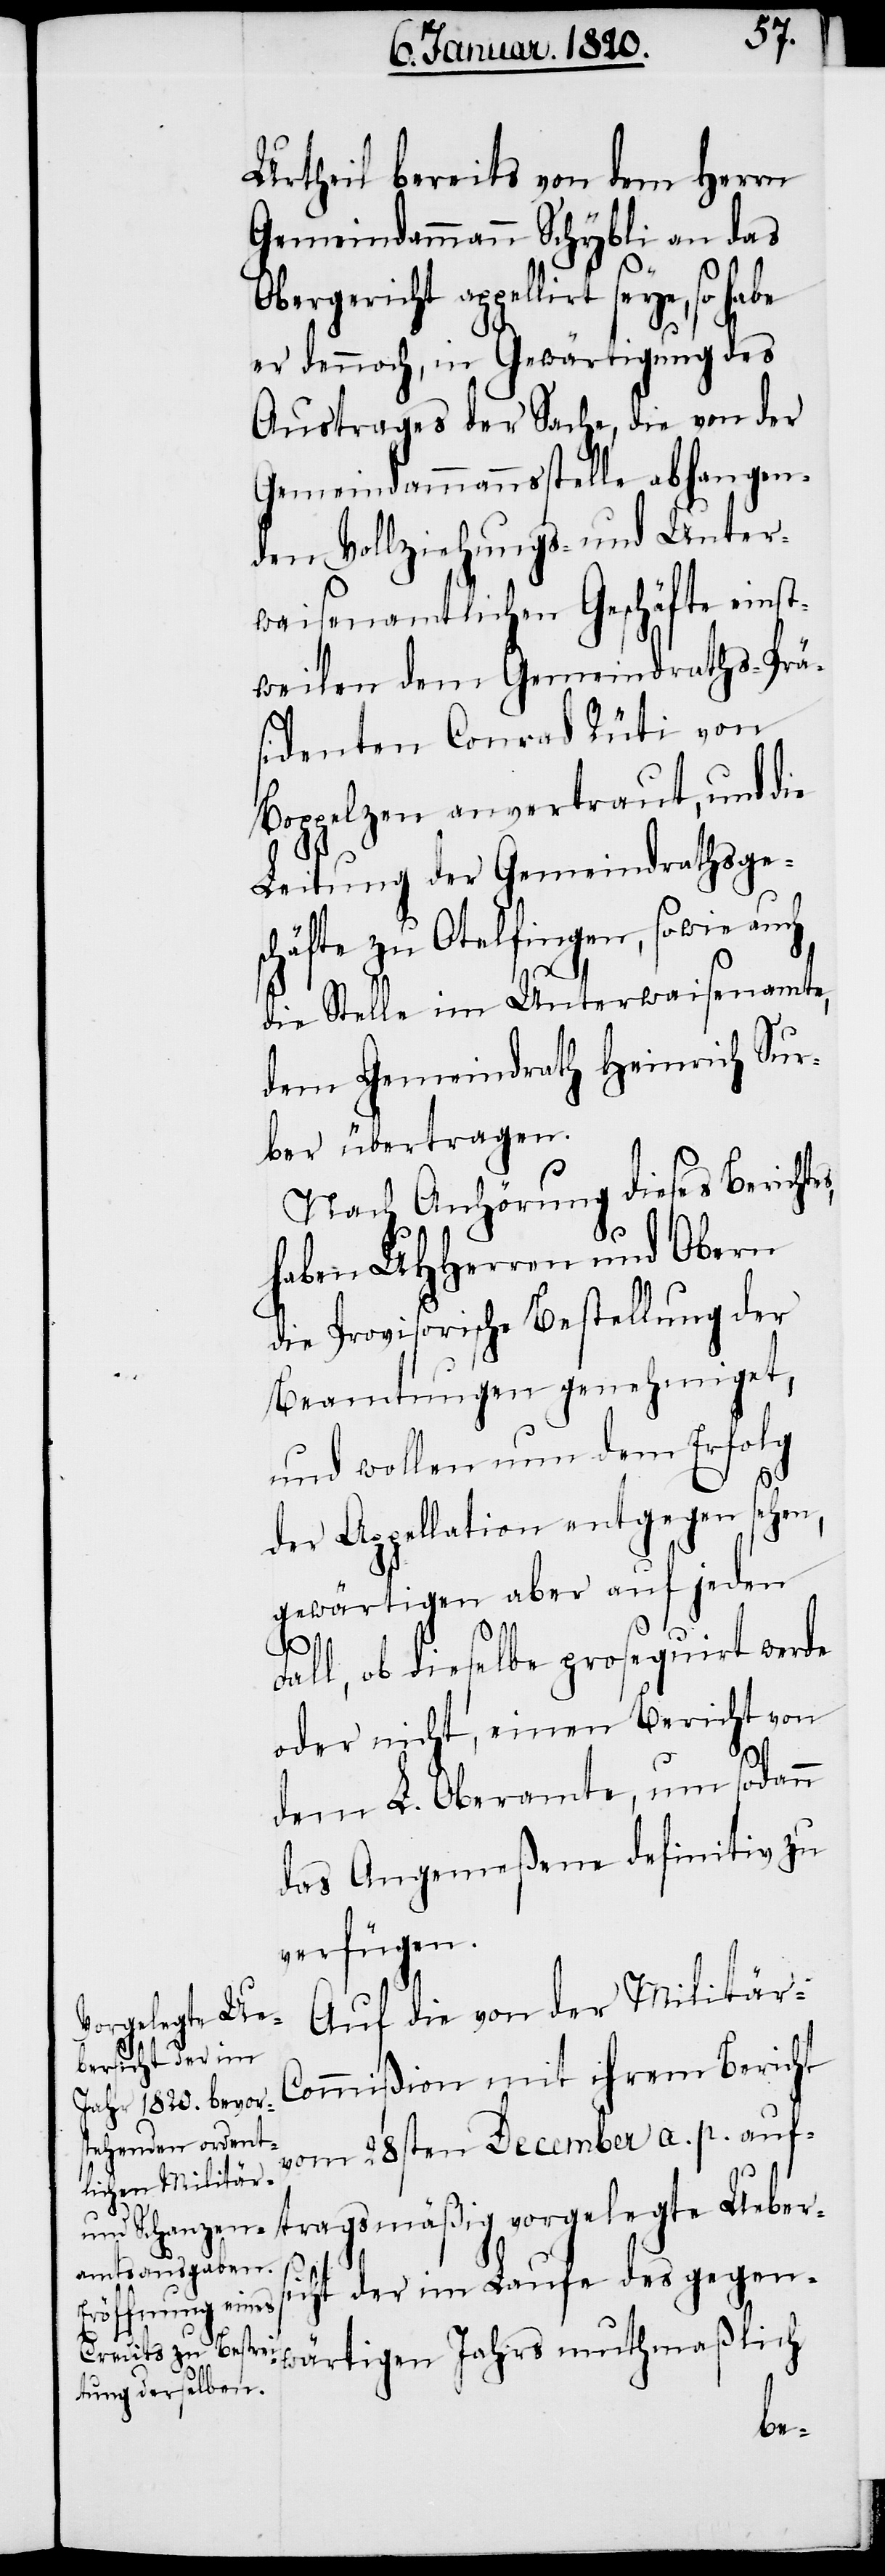
Urtheil bereits von dem Herrn
Gemeindammann Schybli an das
bergericht appellirt seye,
er dennoch, in Gewärtigung des
Austrages der Sache, die von der
Gemeindammannsstelle abhangen¬
den Vollziehungs- und Unter¬
waisenamtlichen Geschäfte einst¬
weilen dem Gemeindraths-Prä¬
sidenten Conrad Rüti von
Boppelzen anvertraut, und die
Leitung der Gemeindrathsge¬
schäfte zu Otelfingen, sowie auch
s,
die Stelle im Unterwaisenamte,
dem Gemeindrath Heinrich Sur¬
ber übertragen.
Nach Anhörung dieses Berichte¬
haben UHHerren und Obern
die Provisorische Bestellung der
Beamtungen genehmiget,
und wollen nun dem Erfolg
der Appellation entgegen sehen,
gewärtigen aber auf jeden
Fall, ob dieselbe prosequirt werde
oder nicht, einen Bericht von
dem L. Oberamte, um sodann
das Angemeßene definitiv zu
verfügen.
Auf die von der Militär-C¬
ommißion mit ihrem Bericht
vom 28sten December a. p. auf¬
tragsmäßig vorgelegte Uebers¬
icht der im Laufe des gegen¬
wärtigen Jahrs muthmaßlich